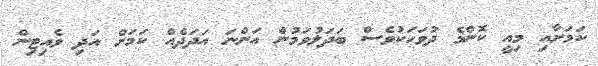
ކަމަށާއި މިއީ ކޮންމެ ދުވަހަކުވެސް ބަދަލުވަމުން އަންނަ އަދަދެއް ކަމަށް އަދި ވެއިޓިން